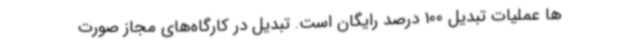
ها عملیات تبدیل 100 درصد رایگان است. تبدیل در کارگاه‌های مجاز صورت